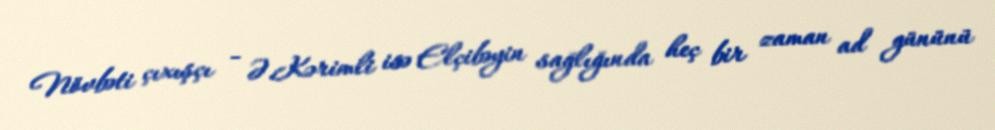
Növbəti çıxışçı - Ə.Kərimli isə Elçibəyin sağlığında heç bir zaman ad gününü